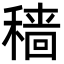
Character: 穑